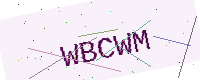
Text: WBCWM